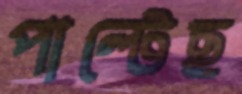
পাল্টেছ